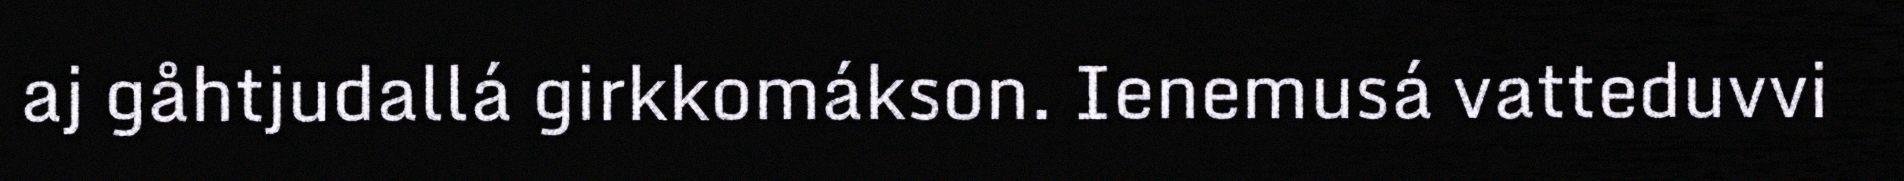
aj gåhtjudallá girkkomákson. Ienemusá vatteduvvi